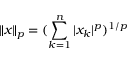
\| x \| _ { p } = ( \sum _ { k = 1 } ^ { n } | x _ { k } | ^ { p } ) ^ { 1 / p }